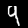
Digit: 9